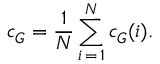
c _ { G } = \frac { 1 } { N } \sum _ { i \, = \, 1 } ^ { N } c _ { G } ( i ) .